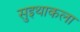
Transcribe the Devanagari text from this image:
सुइथाकला